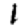
Digit: 1